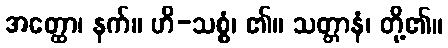
အတ္ထော၊ နက်။ ဟိ-သစ္စံ၊ ၏။ သတ္တာနံ၊ တို့၏။